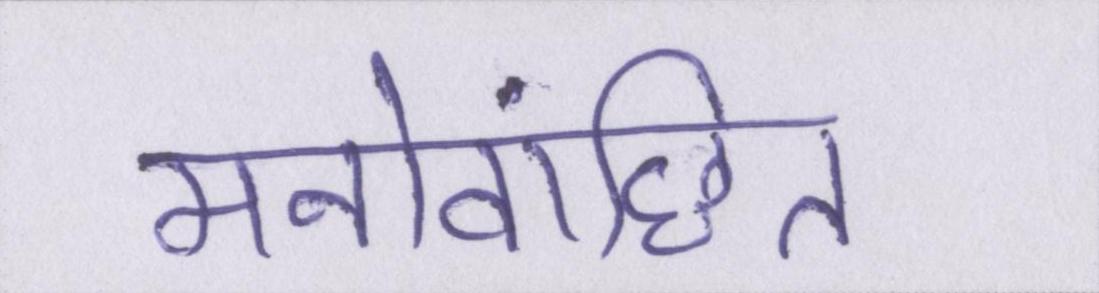
मनोवांछित